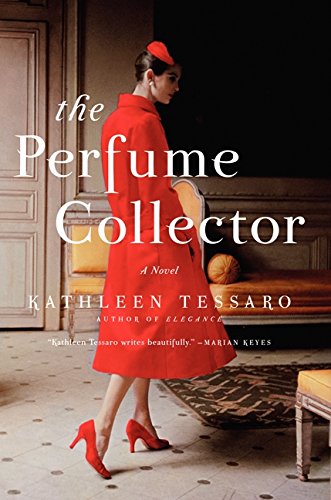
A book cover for The Perfume Collector: A Novel; Kathleen Tessaro; Literature & Fiction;